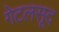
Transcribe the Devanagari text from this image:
गेटलसूद